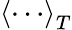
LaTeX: \left<\cdots\right>_{T}